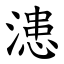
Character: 漶